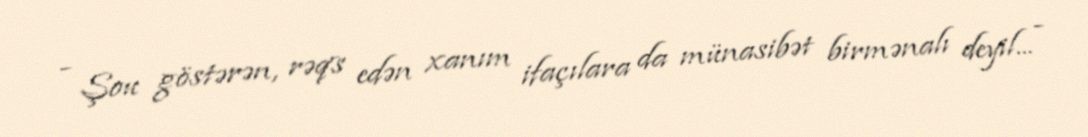
- Şou göstərən, rəqs edən xanım ifaçılara da münasibət birmənalı deyil... -